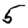
Digit: 5